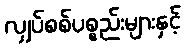
လျှပ်စစ်ပစ္စည်းများနှင့်